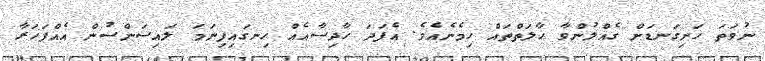
ނުވަތަ ހަށިގަނޑަށް ގެއްލުންވާ ހާލަތްތައް ހިމެނެއެވެ. އެފަދަ ހާދިސާއެއް ހިނގައިފިނަމަ ލައިސަންސުން އެއްފަހަރާ